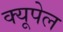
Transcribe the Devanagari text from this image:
क्यूपेल